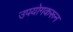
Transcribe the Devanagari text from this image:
उपयोगकरून